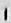
1